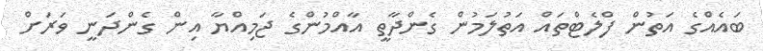
ބައެއްގެ އަތުން ފްލެޓްތައް އަތުލަމުން ގެންދާތީ އާއްމުންގެ ޖަމިއްޔާ އިން ގެންދަނީ ވަރަށް